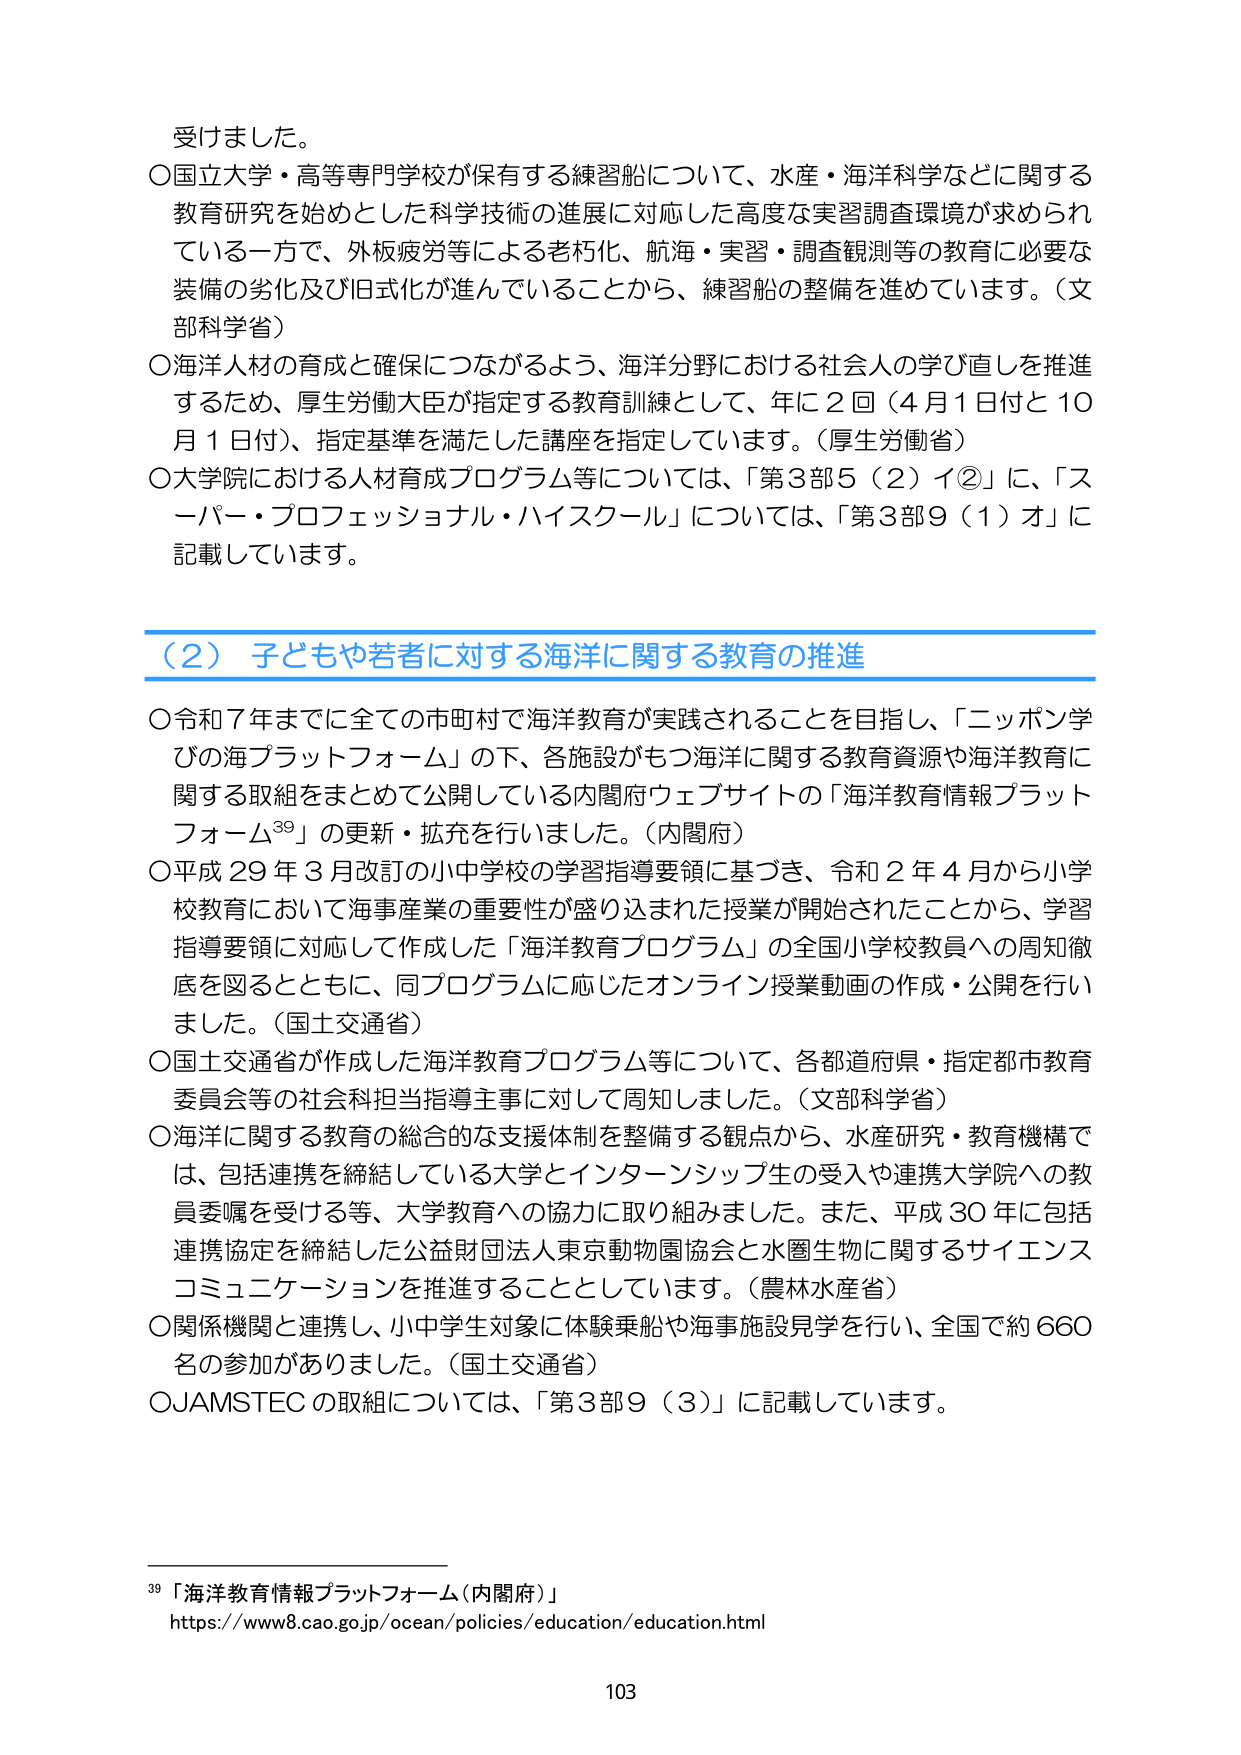
受けました。

○国立大学・高等専門学校が保有する練習船について、水産・海洋科学などに関する教育研究を始めとした科学技術の進展に対応した高度な実習調査環境が求められている一方で、外板疲労等による老朽化、航海・実習・調査観測等の教育に必要な装備の劣化及び旧式化が進んでいることから、練習船の整備を進めています。（文部科学省）

○海洋人材の育成と確保につながるよう、海洋分野における社会人の学び直しを推進するため、厚生労働大臣が指定する教育訓練として、年に２回（４月１日付と１０月１日付）、指定基準を満たした講座を指定しています。（厚生労働省）

○大学院における人材育成プログラム等については、「第3部5（2）イ②」に、「スーパー・プロフェッショナル・ハイスクール」については、「第3部9（1）オ」に記載しています。

（2）子どもや若者に対する海洋に関する教育の推進

○令和７年までに全ての市町村で海洋教育が実践されることを目指し、「ニッポン学びの海プラットフォーム」の下、各施設がもつ海洋に関する教育資源や海洋教育に関する取組をまとめて公開している内閣府ウェブサイトの「海洋教育情報プラットフォーム³⁹」の更新・拡充を行いました。（内閣府）

○平成29年3月改訂の小中学校の学習指導要領に基づき、令和2年4月から小学校教育において海事産業の重要性が盛り込まれた授業が開始されたことから、学習指導要領に対応して作成した「海洋教育プログラム」の全国小学校教員への周知徹底を図るとともに、同プログラムに応じたオンライン授業動画の作成・公開を行いました。（国土交通省）

○国土交通省が作成した海洋教育プログラム等について、各都道府県・指定都市教育委員会等の社会科担当指導主事に対して周知しました。（文部科学省）

○海洋に関する教育の総合的な支援体制を整備する観点から、水産研究・教育機構では、包括連携を締結している大学とインターンシップ生の受入や連携大学院への教員委嘱を受ける等、大学教育への協力に取り組みました。また、平成30年に包括連携協定を締結した公益財団法人東京動物園協会と水圏生物に関するサイエンスコミュニケーションを推進することとしています。（農林水産省）

○関係機関と連携し、小中学生対象に体験乗船や海事施設見学を行い、全国で約660名の参加がありました。（国土交通省）

○JAMSTECの取組については、「第3部9（3）」に記載しています。

³⁹「海洋教育情報プラットフォーム（内閣府）」
https://www8.cao.go.jp/ocean/policies/education/education.html

103